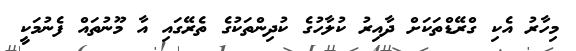
މިހާރު އެކި ގްރޭޑްތަކަށް ދާއިރު ކުލާހުގެ ކުދިންތަކުގެ ތެރޭގައި އާ މޫނުތައް ފެނުމަކީ